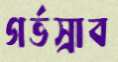
গর্ভস্রাব